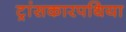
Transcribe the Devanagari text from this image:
ट्रांसकारपथिया